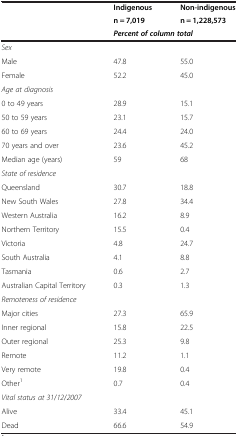
<table><thead><tr><td><b> </b></td><td><b>Indigenous</b></td><td><b>Non-indigenous</b></td></tr><tr><td><b> </b></td><td><b>n = 7,019</b></td><td><b>n = 1,228,573</b></td></tr><tr><td><b> </b></td><td colspan="2"><b><i>Percent of column total</i></b></td></tr></thead><tbody><tr><td><i>Sex</i></td><td> </td><td> </td></tr><tr><td>Male</td><td>47.8</td><td>55.0</td></tr><tr><td>Female</td><td>52.2</td><td>45.0</td></tr><tr><td><i>Age at diagnosis</i></td><td> </td><td> </td></tr><tr><td>0 to 49 years</td><td>28.9</td><td>15.1</td></tr><tr><td>50 to 59 years</td><td>23.1</td><td>15.7</td></tr><tr><td>60 to 69 years</td><td>24.4</td><td>24.0</td></tr><tr><td>70 years and over</td><td>23.6</td><td>45.2</td></tr><tr><td>Median age (years)</td><td>59</td><td>68</td></tr><tr><td><i>State of residence</i></td><td> </td><td> </td></tr><tr><td>Queensland</td><td>30.7</td><td>18.8</td></tr><tr><td>New South Wales</td><td>27.8</td><td>34.4</td></tr><tr><td>Western Australia</td><td>16.2</td><td>8.9</td></tr><tr><td>Northern Territory</td><td>15.5</td><td>0.4</td></tr><tr><td>Victoria</td><td>4.8</td><td>24.7</td></tr><tr><td>South Australia</td><td>4.1</td><td>8.8</td></tr><tr><td>Tasmania</td><td>0.6</td><td>2.7</td></tr><tr><td>Australian Capital Territory</td><td>0.3</td><td>1.3</td></tr><tr><td><i>Remoteness of residence</i></td><td> </td><td> </td></tr><tr><td>Major cities</td><td>27.3</td><td>65.9</td></tr><tr><td>Inner regional</td><td>15.8</td><td>22.5</td></tr><tr><td>Outer regional</td><td>25.3</td><td>9.8</td></tr><tr><td>Remote</td><td>11.2</td><td>1.1</td></tr><tr><td>Very remote</td><td>19.8</td><td>0.4</td></tr><tr><td>Other<sup>1</sup></td><td>0.7</td><td>0.4</td></tr><tr><td><i>Vital status at 31</i>/<i>12</i>/<i>2007</i></td><td> </td><td> </td></tr><tr><td>Alive</td><td>33.4</td><td>45.1</td></tr><tr><td>Dead</td><td>66.6</td><td>54.9</td></tr></tbody></table>